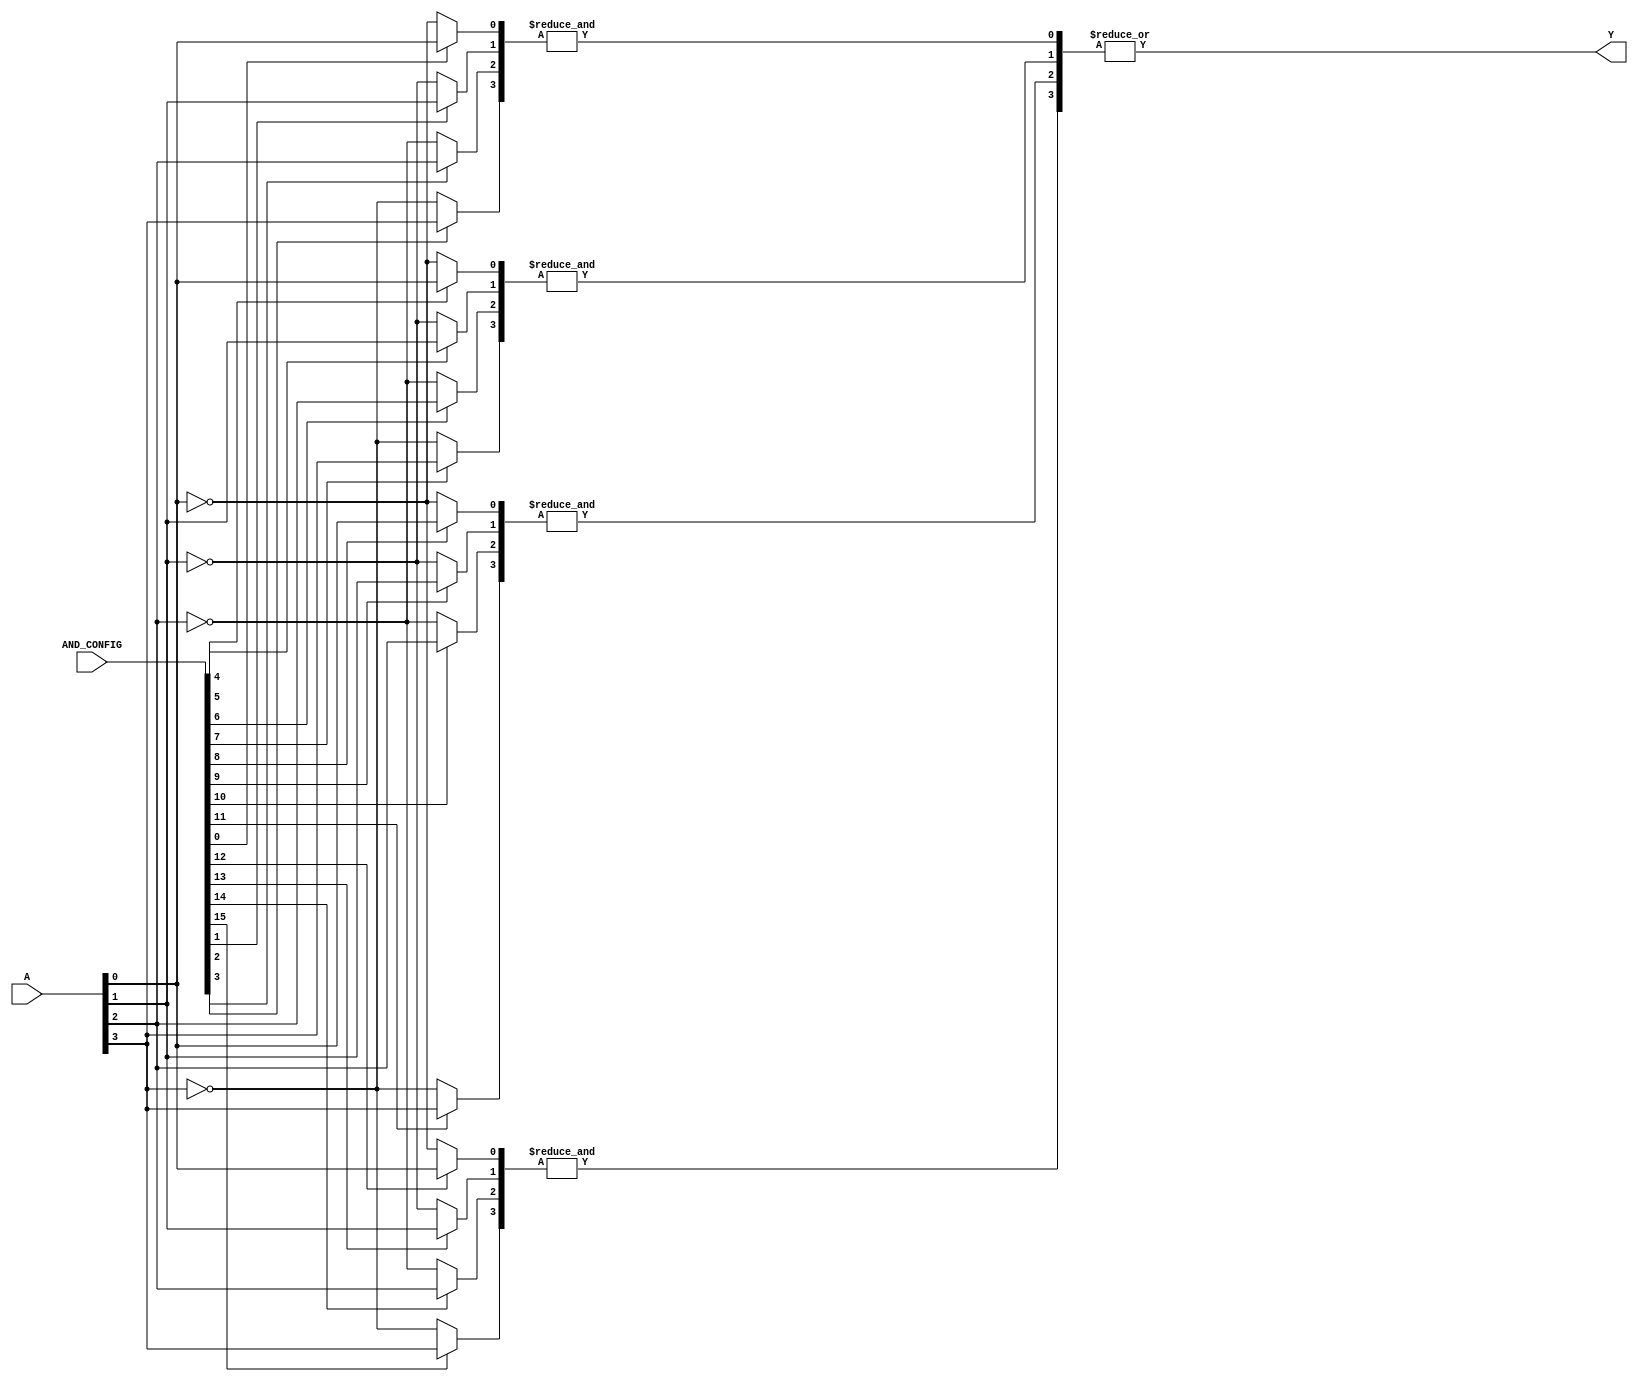
module GPAL #(
    parameter NUM_INPUTS = 4,   // Number of inputs
    parameter NUM_AND_GATES = 4, // Number of AND gates
    parameter NUM_OUTPUTS = 1    // Number of outputs
)(
    input  [NUM_INPUTS-1:0] A,        // Input signals
    input  [NUM_AND_GATES*NUM_INPUTS-1:0] AND_CONFIG, // Configuration for AND gates
    output [NUM_OUTPUTS-1:0] Y         // Output signals
);

    // Declare wires for the outputs of the AND gates
    wire [NUM_AND_GATES-1:0] and_outputs;

    // Generate the programmable AND gates
    genvar i, j;
    generate
        for (i = 0; i < NUM_AND_GATES; i = i + 1) begin : and_gate
            wire [NUM_INPUTS-1:0] inputs;
            // Configure inputs for each AND gate based on AND_CONFIG
            for (j = 0; j < NUM_INPUTS; j = j + 1) begin : input_select
                assign inputs[j] = AND_CONFIG[i * NUM_INPUTS + j] ? A[j] : ~A[j];
            end
            // AND gate operation
            assign and_outputs[i] = &inputs; // AND operation
        end
    endgenerate

    // Fixed OR array that combines the outputs of the AND gates
    assign Y = |and_outputs; // OR operation for a single output

endmodule